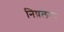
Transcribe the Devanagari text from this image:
निष़लान